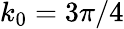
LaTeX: k_{0}=3\pi/4